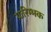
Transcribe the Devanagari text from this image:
प्रारिम्भक